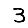
Digit: 3